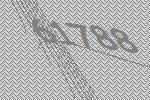
61788